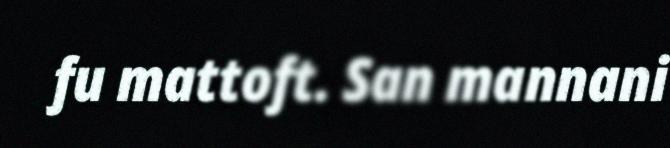
fu mattoft. San mannani